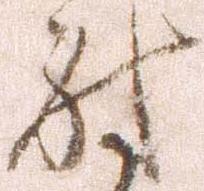
討